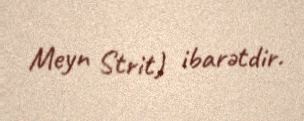
Meyn Strit) ibarətdir.